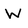
Character: W